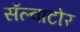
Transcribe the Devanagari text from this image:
सॅल्वाटोर